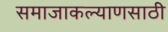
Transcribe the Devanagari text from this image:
समाजाकल्याणसाठी